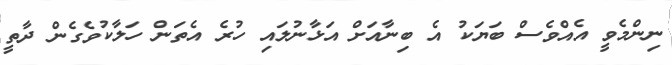
ނިންމެވީ އެއްވެސް ބަޔަކު އެ ބިނާއަށް އަޅާނުލައި ހުރެ އެތަން ހަލާކުވެގެން ދާތީ